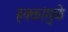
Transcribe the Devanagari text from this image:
हक्कांमुळे